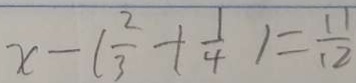
x - ( \frac { 2 } { 3 } + \frac { 1 } { 4 } ) = \frac { 1 1 } { 1 2 }